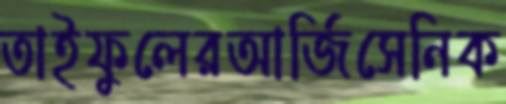
তাইফুলেরআর্জিসেনিক